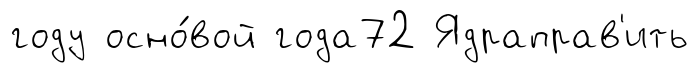
году осно́вой года72 Ядраправ'ить